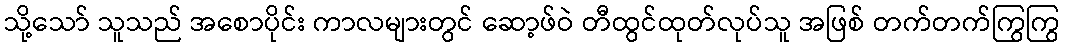
သို့သော် သူသည် အစောပိုင်း ကာလများတွင် ဆော့ဖ်ဝဲ တီထွင်ထုတ်လုပ်သူ အဖြစ် တက်တက်ကြွကြွ